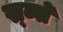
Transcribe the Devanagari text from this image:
स्ब्से